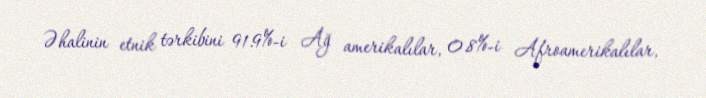
Əhalinin etnik tərkibini 91.9%-i Ağ amerikalılar, 0.8%-i Afroamerikalılar,